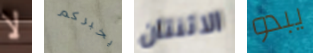
لا يخبركم الاثنتان يبدو